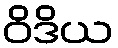
ဝိဒိယ